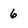
Character: 6